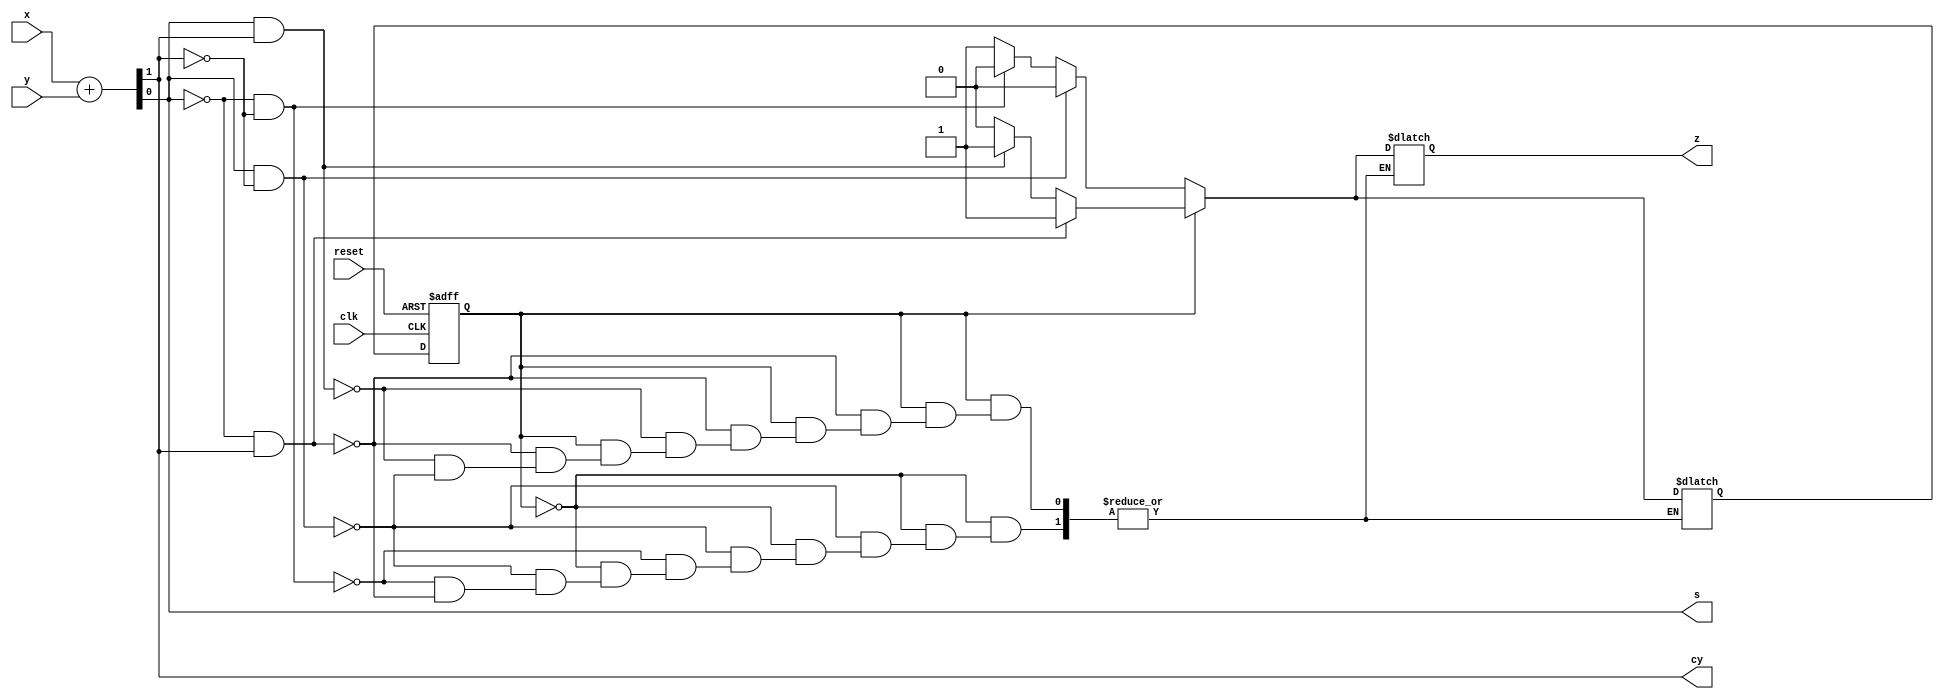
//serial add
module serial(s,cy,z,x,y,clk,reset);
input x,y,clk,reset;
output  s,cy;
output reg z;

wire s,cy;
reg ps,ns;
assign{cy,s}=x+y;
parameter s0=0,s1=1;//s0=no carry;s1=carry
always @(posedge clk or posedge reset)
if(reset)
ps<=s0;
else
ps<=ns;

always @(ps,x,y)
case(ps)
s0:
begin
if(s==1&cy==0)
begin
ns=s0;
z=0;
end
else if(s==0&cy==0)
begin
ns=s0;
z=0;
end
else if(s==0&cy==1)
begin
ns=s1;
z=1;
end
end
s1:
begin
if(s==0&cy==1)
begin
ns=s1;
z=1;
end
else if(s==1&cy==1)
begin
ns=s1;
z=1;
end
else if(s==1&cy==0)
begin
ns=s0;
z=0;
end
end
endcase
endmodule